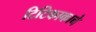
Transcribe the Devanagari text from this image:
टिटिकाकाचे